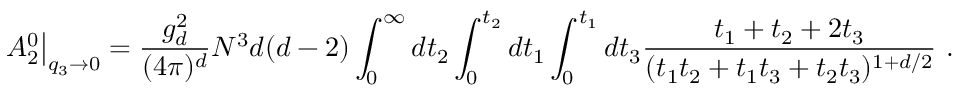
A _ { 2 } ^ { 0 } \big | _ { q _ { 3 } \rightarrow 0 } = \frac { g _ { d } ^ { 2 } } { ( 4 \pi ) ^ { d } } N ^ { 3 } d ( d - 2 ) \int _ { 0 } ^ { \infty } d t _ { 2 } \int _ { 0 } ^ { t _ { 2 } } d t _ { 1 } \int _ { 0 } ^ { t _ { 1 } } d t _ { 3 } { \frac { t _ { 1 } + t _ { 2 } + 2 t _ { 3 } } { ( t _ { 1 } t _ { 2 } + t _ { 1 } t _ { 3 } + t _ { 2 } t _ { 3 } ) ^ { 1 + d / 2 } } } ~ .